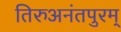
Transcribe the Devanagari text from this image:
तिरुअनंतपुरम्